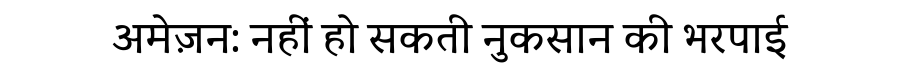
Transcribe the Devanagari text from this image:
अमेज़न: नहीं हो सकती नुकसान की भरपाई